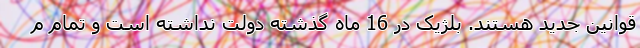
قوانین جدید هستند. بلژیک در 16 ماه گذشته دولت نداشته است و تمام م